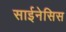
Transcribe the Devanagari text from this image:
साईनेसिस